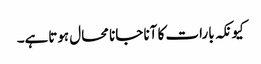
کیونکہ بارات کا آنا جانا محال ہوتاہے۔